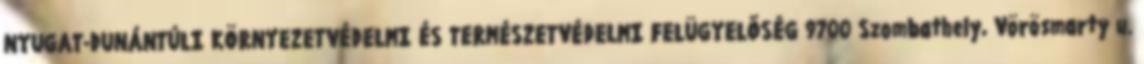
NYUGAT-DUNÁNTÚLI KÖRNYEZETVÉDELMI ÉS TERMÉSZETVÉDELMI FELÜGYELŐSÉG 9700 Szombathely, Vörösmarty u.